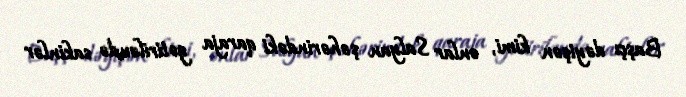
Başçı dəyişən kimi, onlar Salyan şəhərindəki qaraja gətiriləndə sakinlər